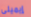
إيميلى